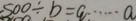
5 0 0 \div b = q \cdots a